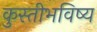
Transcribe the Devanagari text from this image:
कुस्तीभविष्य